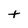
Character: t